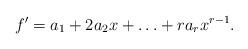
LaTeX: \begin{align*}f'=a_1+2a_2x+\ldots+ra_rx^{r-1}.\end{align*}